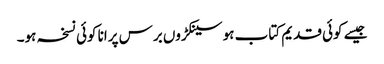
جیسے کوئی قدیم کتاب ہو سینکڑوں برس پرانا کوئی نسخہ ہو۔